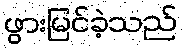
ဖွားမြင်ခဲ့သည်